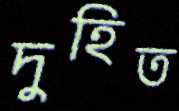
দুহিত